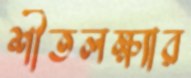
শীতলক্ষ্যার